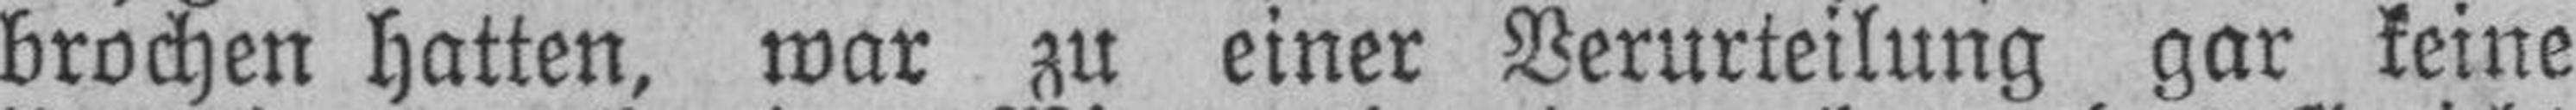
brochen hatten, war zu einer Verurteilung gar keine